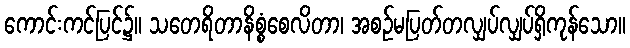
ကောင်းကင်ပြင်၌။ သတေရိတာနိစ္စံစေလိတာ၊ အစဉ်မပြတ်တလျှပ်လျှပ်ရှိကုန်သော။